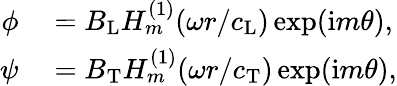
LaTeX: \begin{array}{rl}{\phi}&{{}=B_{\mathrm{L}}H_{m}^{(1)}(\omega r/c_{\mathrm{L}})\exp(\mathrm{i}m\theta),}\\ {\psi}&{{}=B_{\mathrm{T}}H_{m}^{(1)}(\omega r/c_{\mathrm{T}})\exp(\mathrm{i}m\theta),}\end{array}